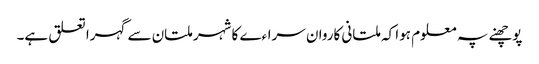
پوچھنے پہ معلوم ہوا کہ ملتانی کاروان سراءے کا شہر ملتان سے گہرا تعلق ہے۔